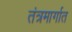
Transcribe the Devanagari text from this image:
तंत्रमार्गात